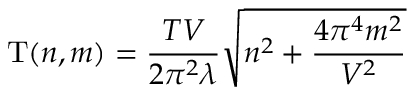
\mathrm { T } ( n , m ) = \frac { T V } { 2 \pi ^ { 2 } \lambda } \sqrt { n ^ { 2 } + \frac { 4 \pi ^ { 4 } m ^ { 2 } } { V ^ { 2 } } }